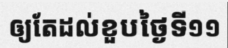
ឲ្យតែដល់ខួបថ្ងៃទី១១